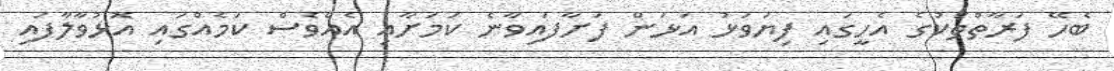
ބެހޭ ފަރާތްތަކުގެ އެހީގައި ފިޔަވަޅު އަޅަން ފަށާފައިވާނެ ކަމަށާއި އެއްވެސް ކަމެއްގައި އޮޅުވާލާފައި